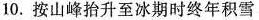
10.按山峰抬升至冰期时终年积雪